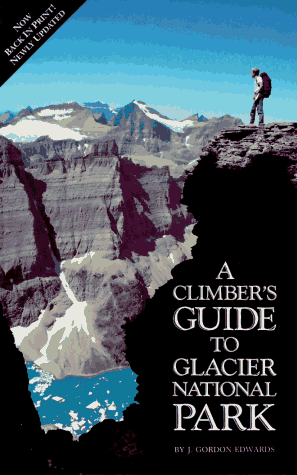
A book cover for Climber's Guide to Glacier National Park (Regional Rock Climbing Series); J. Gordon Edwards; Sports & Outdoors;